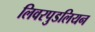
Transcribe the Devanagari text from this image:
लिवरपुडलियन